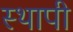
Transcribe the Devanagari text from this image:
स्थापी